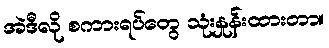
အဲဒီလို စကားရပ်တွေ သုံးနှုန်းထားတာ။